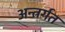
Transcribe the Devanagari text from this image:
अन्त्रर्गत